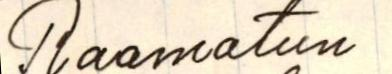
Raamatun